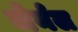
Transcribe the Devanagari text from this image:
जेर्नल